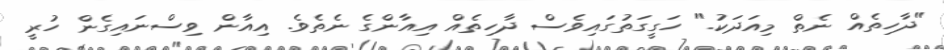
"ދާހިތެއް ނެތް މިއަދަކު." ހަގީގަތުގައިވެސް ދާހިތެއް އިއާންގެ ނެތެވެ. އިއާން ވިސްނައިގެން ހުރީ